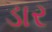
ડાર